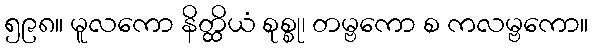
၅၉၈။ မူလကော နိတ္ထိယံ စုစ္စု၊ တမ္ဗကော စ ကလမ္ဗကော။